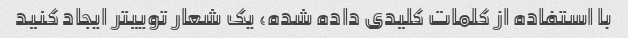
با استفاده از کلمات کلیدی داده شده، یک شعار توییتر ایجاد کنید